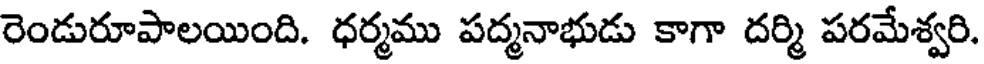
రెండురూపాలయింది. ధర్మము పద్మనాభుడు కాగా దర్మి పరమేశ్వరి.